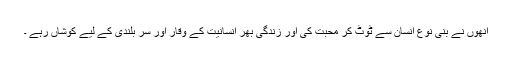
انھوں نے بنی نوع انسان سے ٹوٹ کر محبت کی اور زندگی بھر انسانیت کے وقار اور سر بلندی کے لیے کوشاں رہے ۔